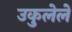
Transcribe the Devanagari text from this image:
उकुलेले